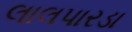
લાલપારડા